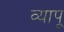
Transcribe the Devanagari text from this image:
व्यापू